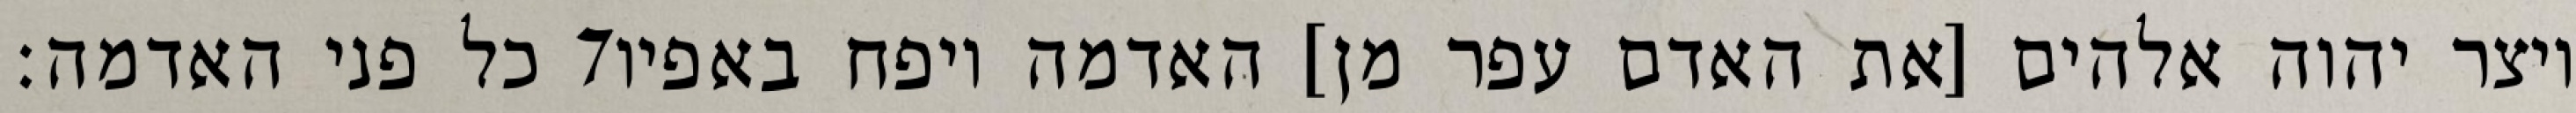
כל פני האדמה׃ ‎7‏ ויצר יהוה אלהים [את האדם עפר מן] האדמה ויפח באפיו